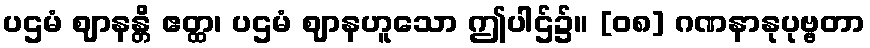
ပဌမံ ဈာနန္တိ ဧတ္ထ၊ ပဌမံ ဈာနဟူသော ဤပါဌ်၌။ [၀၈] ဂဏနာနုပုဗ္ဗတာ